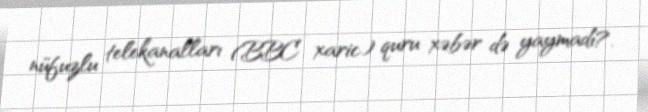
nüfuzlu telekanalları (BBC xaric) quru xəbər də yaymadı?.